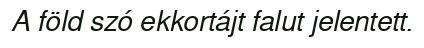
A föld szó ekkortájt falut jelentett.